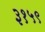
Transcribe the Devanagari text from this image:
३१५९